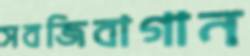
সবজিবাগান